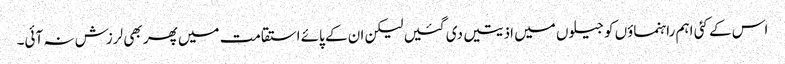
اس کے کئی اہم راہنماؤں کو جیلوں میں اذیتیں دی گئیں لیکن ان کے پائے استقامت میں پھر بھی لرزش نہ آئی۔